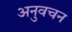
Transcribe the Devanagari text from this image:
अनुवचन